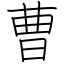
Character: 曹